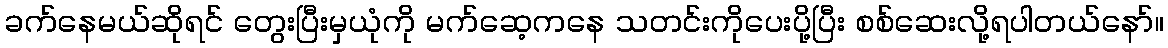
ခက်နေမယ်ဆိုရင် တွေးပြီးမှယုံကို မက်ဆေ့ကနေ သတင်းကိုပေးပို့ပြီး စစ်ဆေးလို့ရပါတယ်နော်။